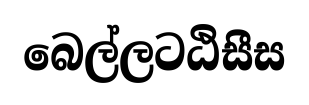
බෙල්ලටඨිසීස